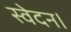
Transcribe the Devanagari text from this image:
स्वेदन।